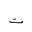
Letter: _ta